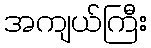
အကျယ်ကြီး